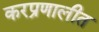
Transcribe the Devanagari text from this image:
करप्रणालीत